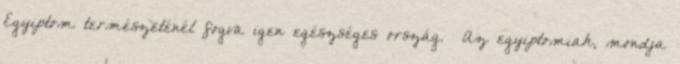
Egyiptom természeténél fogva igen egészséges ország. «Az egyiptomiak, mondja